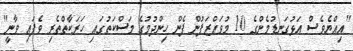
"އިއްޔެވެސް އަޅުގަނޑުމެންގެ 10 މުވައްޒަފުން ފެން ހިންދުމުގެ މަސްކަތުގައި ހަރަކާތްތެރި ވެފައި ވާނީ"